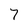
Character: 7